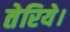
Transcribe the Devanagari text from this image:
तेरिये।